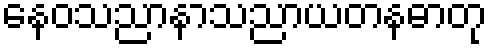
နေဝသညာနာသညာယတနဓာတု